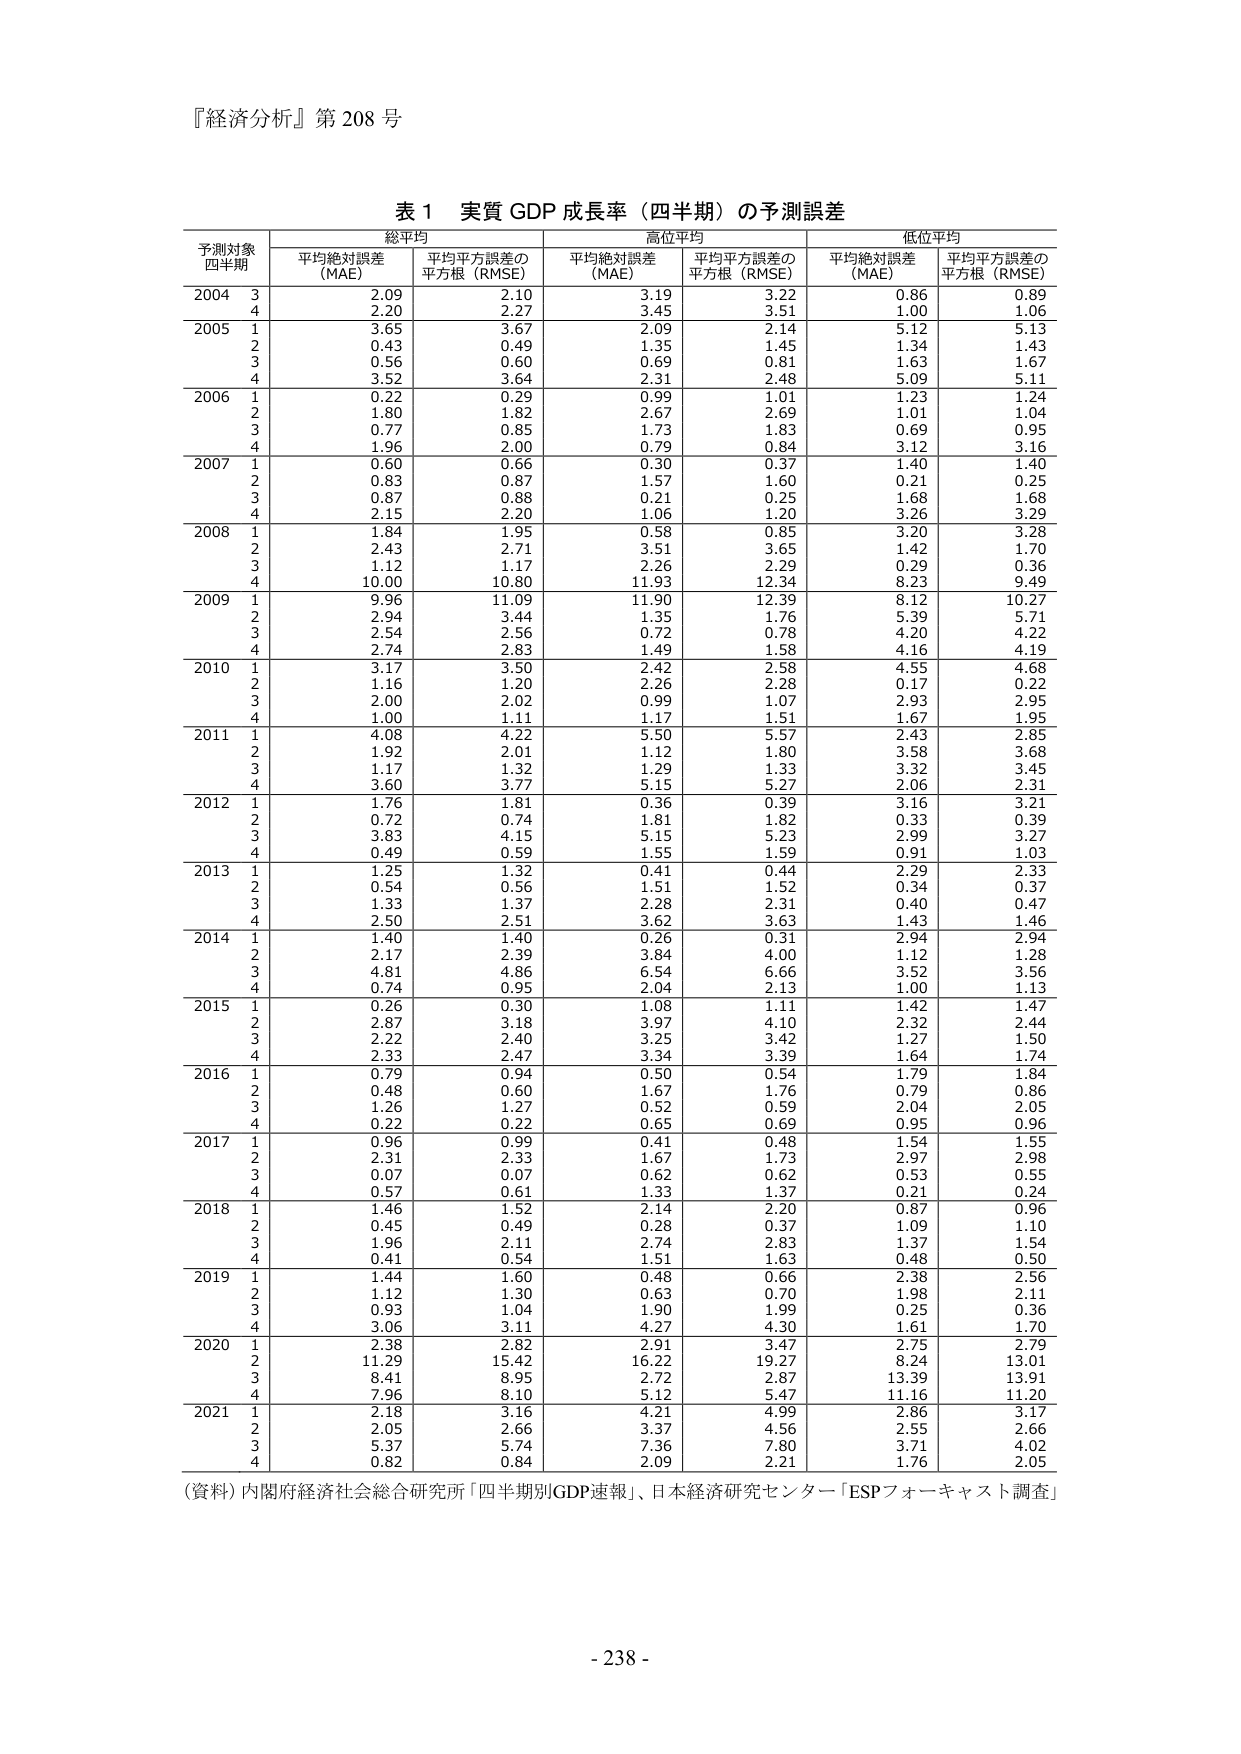
『経済分析』第 208 号

表 1 実質 GDP 成長率（四半期）の予測誤差

予測対象
四半期	総平均	高位平均	低位平均
	平均絶対誤差
(MAE)	平均平方誤差の
平方根（RMSE）	平均絶対誤差
(MAE)	平均平方誤差の
平方根（RMSE）	平均絶対誤差
(MAE)	平均平方誤差の
平方根（RMSE）
2004 3	2.09	2.10	3.19	3.22	0.86	0.89
4	2.20	2.27	3.45	3.51	1.00	1.06
2005 1	3.65	3.67	2.09	2.14	5.12	5.13
2	0.43	0.49	1.35	1.45	1.34	1.43
3	0.56	0.60	0.69	0.81	1.63	1.67
4	3.52	3.64	2.31	2.48	5.09	5.11
2006 1	0.22	0.29	0.99	1.01	1.23	1.24
2	1.80	1.82	2.67	2.69	1.01	1.04
3	0.77	0.85	1.73	1.83	0.69	0.95
4	1.96	2.00	0.79	0.84	3.12	3.16
2007 1	0.60	0.66	0.30	0.37	1.40	1.40
2	0.83	0.87	1.57	1.60	0.21	0.25
3	0.87	0.88	0.21	0.25	1.68	1.68
4	2.15	2.20	1.06	1.20	3.26	3.29
2008 1	1.84	1.95	0.58	0.85	3.20	3.28
2	2.43	2.71	3.51	3.65	1.42	1.70
3	1.12	1.17	2.26	2.29	0.29	0.36
4	10.00	10.80	11.93	12.34	8.23	9.49
2009 1	9.96	11.09	11.90	12.39	8.12	10.27
2	2.94	3.44	1.35	1.76	5.39	5.71
3	2.54	2.56	0.72	0.78	4.20	4.22
4	2.74	2.83	1.49	1.58	4.16	4.19
2010 1	3.17	3.50	2.42	2.58	4.55	4.68
2	1.16	1.20	2.26	2.28	0.17	0.22
3	2.00	2.02	0.99	1.07	2.93	2.95
4	1.00	1.11	1.17	1.51	1.67	1.95
2011 1	4.08	4.22	5.50	5.57	2.43	2.85
2	1.92	2.01	1.12	1.80	3.58	3.68
3	1.17	1.32	1.29	1.33	3.32	3.45
4	3.60	3.77	5.15	5.27	2.06	2.31
2012 1	1.76	1.81	0.36	0.39	3.16	3.21
2	0.72	0.74	1.81	1.82	0.33	0.39
3	3.83	4.15	5.15	5.23	2.99	3.27
4	0.49	0.59	1.55	1.59	0.91	1.03
2013 1	1.25	1.32	0.41	0.44	2.29	2.33
2	0.54	0.56	1.51	1.52	0.34	0.37
3	1.33	1.37	2.28	2.31	0.40	0.47
4	2.50	2.51	3.62	3.63	1.43	1.46
2014 1	1.40	1.40	0.26	0.31	2.94	2.94
2	2.17	2.39	3.84	4.00	1.12	1.28
3	4.81	4.86	6.54	6.66	3.52	3.56
4	0.74	0.95	2.04	2.13	1.00	1.13
2015 1	0.26	0.30	1.08	1.11	1.42	1.47
2	2.87	3.18	3.97	4.10	2.32	2.44
3	2.22	2.40	3.25	3.42	1.27	1.50
4	2.33	2.47	3.34	3.39	1.64	1.74
2016 1	0.79	0.94	0.50	0.54	1.79	1.84
2	0.48	0.60	1.67	1.76	0.79	0.86
3	1.26	1.27	0.52	0.59	2.04	2.05
4	0.22	0.22	0.65	0.69	0.95	0.96
2017 1	0.96	0.99	0.41	0.48	1.54	1.55
2	2.31	2.33	1.67	1.73	2.97	2.98
3	0.07	0.07	0.62	0.62	0.53	0.55
4	0.57	0.61	1.33	1.37	0.21	0.24
2018 1	1.46	1.52	2.14	2.20	0.87	0.96
2	0.45	0.49	0.28	0.37	1.09	1.10
3	1.96	2.11	2.74	2.83	1.37	1.54
4	0.41	0.54	1.51	1.63	0.48	0.50
2019 1	1.44	1.60	0.48	0.66	2.38	2.56
2	1.12	1.30	0.63	0.70	1.98	2.11
3	0.93	1.04	1.90	1.99	0.25	0.36
4	3.06	3.11	4.27	4.30	1.61	1.70
2020 1	2.38	2.82	2.91	3.47	2.75	2.79
2	11.29	15.42	16.22	19.27	8.24	13.01
3	8.41	8.95	2.72	2.87	13.39	13.91
4	7.96	8.10	5.12	5.47	11.16	11.20
2021 1	2.18	3.16	4.21	4.99	2.86	3.17
2	2.05	2.66	3.37	4.56	2.55	2.66
3	5.37	5.74	7.36	7.80	3.71	4.02
4	0.82	0.84	2.09	2.21	1.76	2.05

（資料）内閣府経済社会総合研究所「四半期別GDP速報」、日本経済研究センター「ESPフォーキャスト調査」

- 238 -